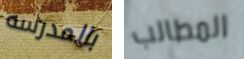
بالمدرسه المطالب